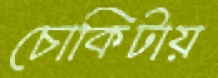
চোকিটায়